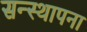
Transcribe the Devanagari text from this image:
सन्स्थापना